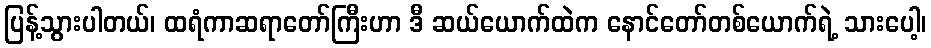
ပြန့်သွားပါတယ်၊ ထရံကာဆရာတော်ကြီးဟာ ဒီ ဆယ်ယောက်ထဲက နောင်တော်တစ်ယောက်ရဲ့ သားပေါ့၊